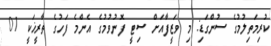
ކުރިމަތިލުމުގެ ސުންގަޑި: މި ވަޒީފާއަށް ސިޓީ ފޮނުވުމުގެ އެންމެ ފަހުގެ ތާރީޚަކީ 01